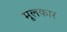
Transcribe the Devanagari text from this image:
मूलकार